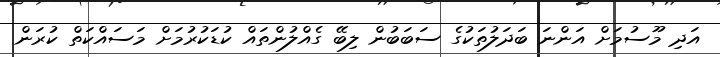
އަދި މޫސުމަށް އަންނަ ބަދަލުތަކުގެ ސަބަބުން ލިބޭ ގެއްލުންތައް ކުޑަކުރުމަށް މަސައްކަތް ކުރަން